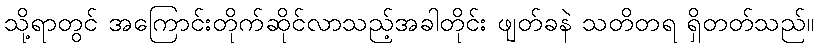
သို့ရာတွင် အကြောင်းတိုက်ဆိုင်လာသည့်အခါတိုင်း ဖျတ်ခနဲ သတိတရ ရှိတတ်သည်။